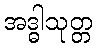
အဒ္ဓါသုတ္တ